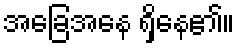
အခြေအနေ ရှိနေ၏။